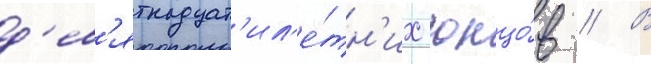
д'ев'ятнадцат'ил'е́тн'их юнцо́в // В